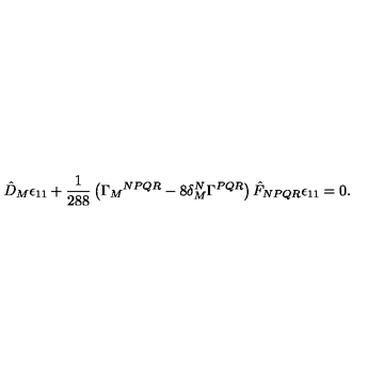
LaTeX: \hat { D } _ { M } \epsilon _ { 1 1 } + \frac 1 { 2 8 8 } \left( \Gamma _ { M } { } ^ { N P Q R } - 8 \delta _ { M } ^ { N } \Gamma ^ { P Q R } \right) \hat { F } _ { N P Q R } \epsilon _ { 1 1 } = 0 .